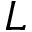
L